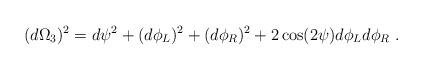
LaTeX: \begin{align*}(d\Omega_3)^2 = d\psi^2 + (d\phi_L)^2 + (d\phi_R)^2 + 2 \cos ( 2 \psi) d\phi_L d\phi_R ~.\end{align*}